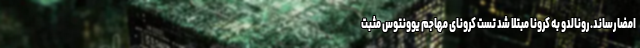
امضا رساند. رونالدو به کرونا مبتلا شد تست کرونای مهاجم یوونتوس مثبت